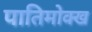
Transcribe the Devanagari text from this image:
पातिमोक्ख